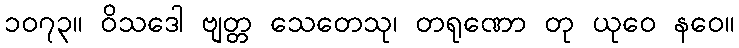
၁၀၇၃။ ဝိသဒေါ ဗျတ္တ သေတေသု၊ တရုဏော တု ယုဝေ နဝေ။